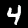
Label: 4